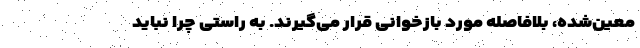
معین‌شده، بلافاصله مورد بازخوانی قرار می‌گیرند. به راستی چرا نباید